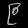
Digit: ၉